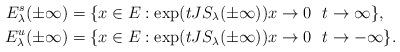
LaTeX: \begin{align*}E^s_\lambda(\pm\infty)&=\{x\in E: \exp(tJS_\lambda(\pm\infty))x\rightarrow 0\,\,\,\, t\rightarrow\infty\},\\E^u_\lambda(\pm\infty)&=\{x\in E: \exp(tJS_\lambda(\pm\infty))x\rightarrow 0\,\,\,\, t\rightarrow-\infty\}.\end{align*}